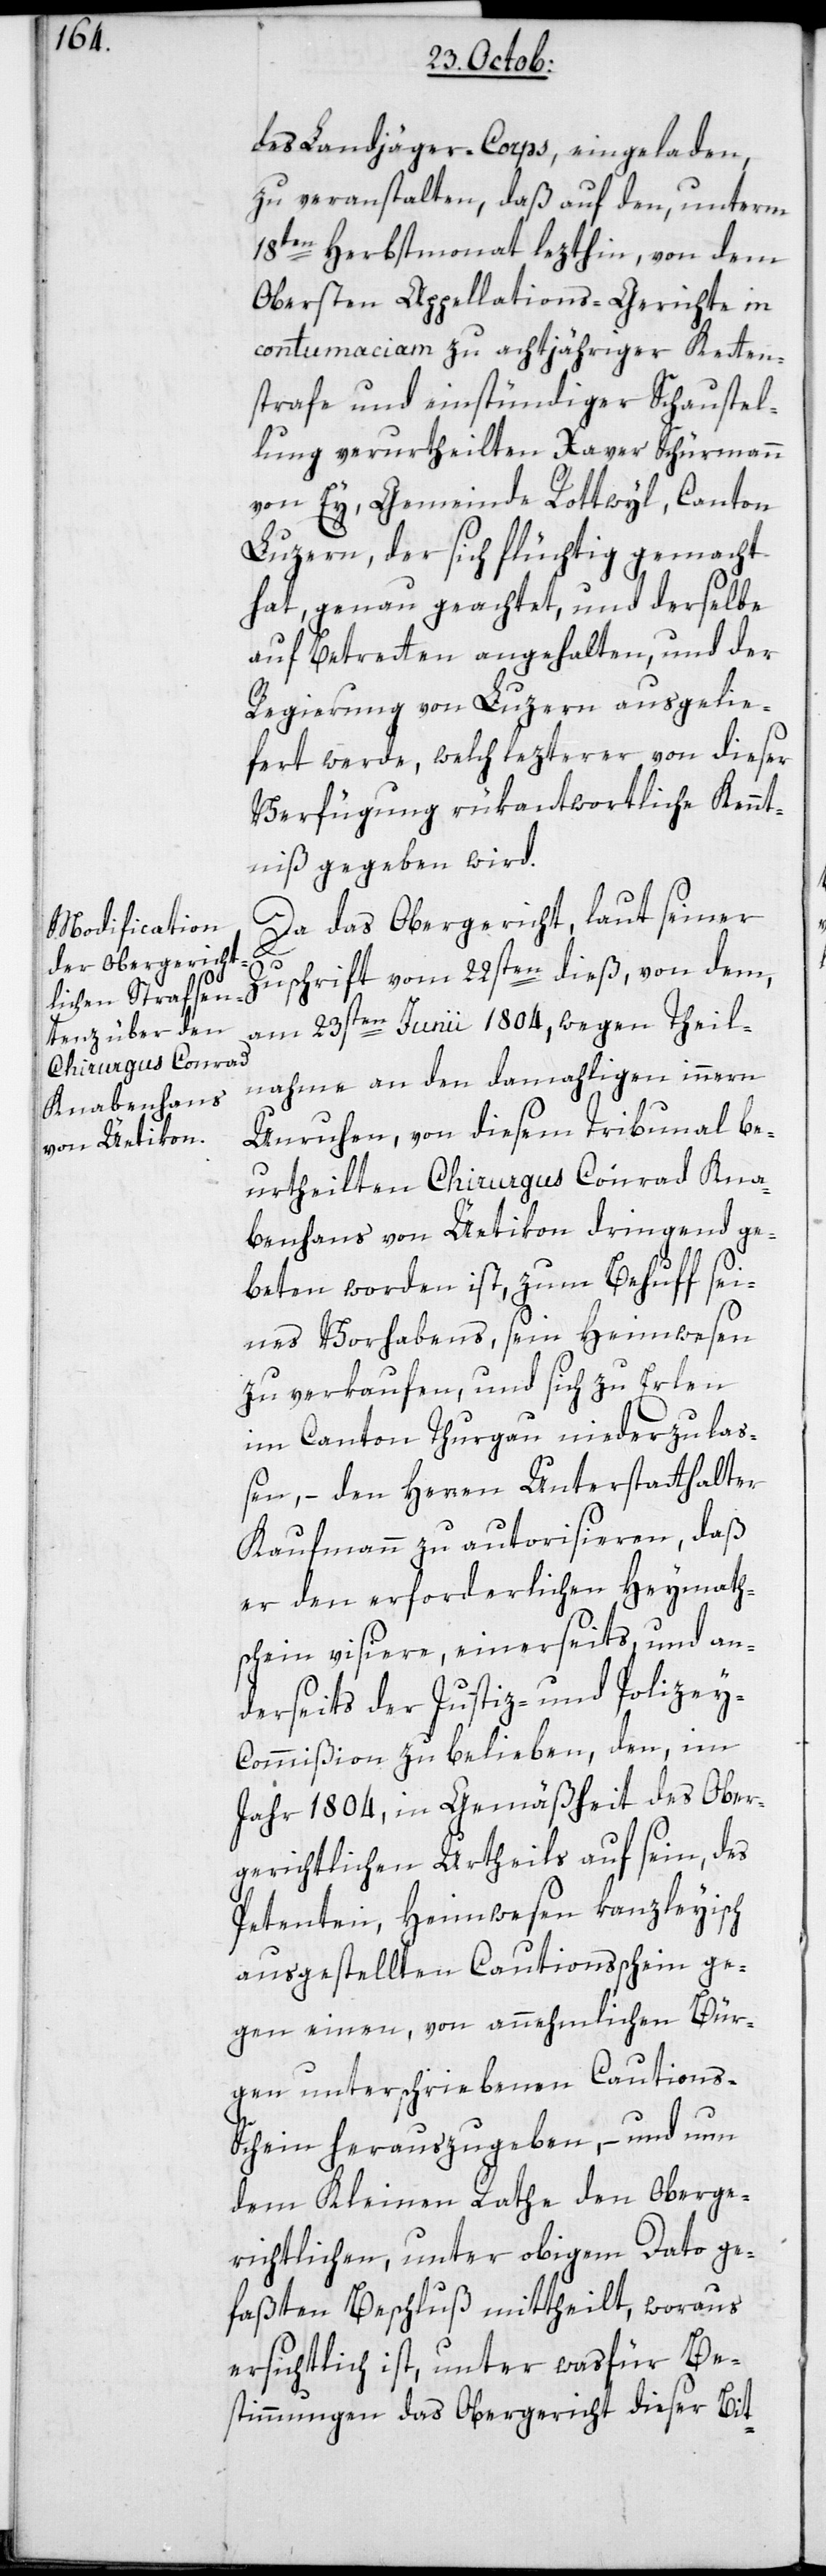
des Landjäger-Corps eingeladen,
zu veranstalten, daß auf den, unterm
18ten Herbstmonat lezthin von dem
obersten Appellations-Gerichte in
contumaciam zu achtjähriger Ketten¬
strafe und einstündiger Schaustel¬
lung verurtheilten Xaver Schürmann
von Ey, Gemeinde Rottwyl, Canton
Luzern, der sich flüchtig gemacht
hat, genau geachtet, und derselbe
auf Betretten angehalten und der
Regierung von Luzern ausgelie¬
fert werde, welch lezterer von dieser
Verfügung rükantwortliche Kennt¬
niß gegeben wird.
Da das Obergericht, laut seiner
Zuschrift vom 22sten dieß, von dem
am 23sten Junii 1804, wegen Theil¬
nahme an den damahligen innern
Unruhen, von diesem Tribunal be¬
urtheilten Chirurgus Conrad Kna¬
benhans von Üetikon dringend ge¬
beten worden ist, zum Behuff sei¬
nes Vorhabens, sein Heimwesen
zu verkaufen und sich zu Erlen
im Canton Thurgau niederzula¬
ßen, – den Herren Unterstatthalter
Kaufmann zu autorisieren, daß
er den erforderlichen Heymath¬
schein visiere, einerseits, und an¬
derseits der Justiz- und Polize¬
y-Commißion zu belieben, den, im
Jahr 1804, in Gemäßheit des Ober¬
gerichtlichen Urtheils auf seyn, des
Petenten, Heimwesen kanzleyisch
ausgestellten Cautionsschein ge¬
gen einen, von annehmlichen Bür¬
gen unterschriebenen Cautions-S¬
chein herauszugeben, – und nun
dem Kleinen Rathe den Oberge¬
richtlichen, unter obigem Dato ge¬
faßten Beschluß mittheilt, woraus
ersichtlich ist, unter wasfür Be¬
stimmungen das Obergericht dieser Bit-